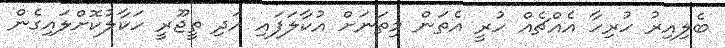
ބެލިއިރު ހުރިހާ އެއްޗެއް ހުރީ އެތަން މިތަނަށް އުކާލަފައި އަދި ތީޖޫރީ ހަކާލުކޮށްލައިގެން